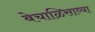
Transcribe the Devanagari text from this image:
बेचाळिसाव्या